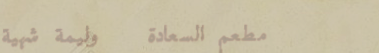
مطعم السعادة   وليمة شهية